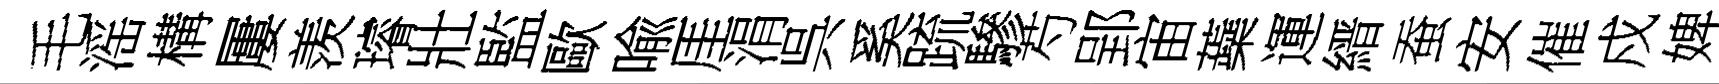
毛滛構屢羡璿壯監歐喩厓涓呉奚䟽驂芍郢宙蘃運縉蚕安催戍婢